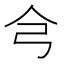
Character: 𢎦